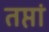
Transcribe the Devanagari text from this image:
तप्तां